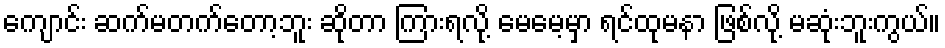
ကျောင်း ဆက်မတက်တော့ဘူး ဆိုတာ ကြားရလို့ မေမေ့မှာ ရင်ထုမနာ ဖြစ်လို့ မဆုံးဘူးကွယ်။